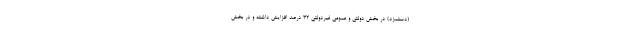
(دستمزد) در بخش دولتی و عمومی غیردولتی ۳۲ درصد افزایش داشته و در بخش